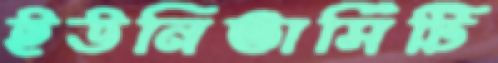
ইউনিভার্সিটি